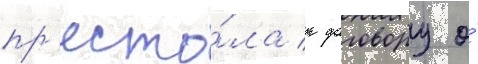
пр'есто́ла к договору о́